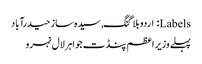
Labels: اردو بلاگنگ, سیدہ ساز حیدرآباد
پہلے وزیر اعظم پنڈت جواہرلال نہرو